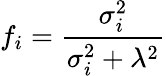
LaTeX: f_{i}=\frac{\sigma_{i}^{2}}{\sigma_{i}^{2}+\lambda^{2}}